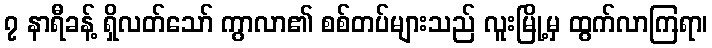
၇ နာရီခန့် ရှိလတ်သော် ကွာလာ၏ စစ်တပ်များသည် လူးမြို့မှ ထွက်လာကြရာ၊